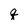
Character: q